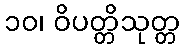
၁၀၊ ဝိပတ္တိသုတ္တ